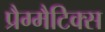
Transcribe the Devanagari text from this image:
प्रैग्मैटिक्स